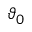
\vartheta _ { 0 }